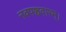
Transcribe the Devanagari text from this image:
नवपञ्चवारम्।